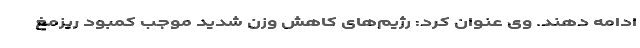
ادامه دهند. وی عنوان کرد: رژیم‌های کاهش وزن شدید موجب کمبود ریزمغ